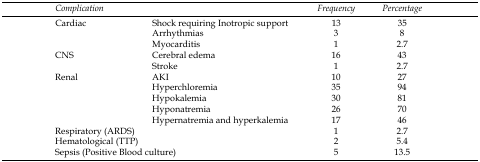
<table><thead><tr><td colspan="2"><b>Complication</b></td><td><b>Frequency</b></td><td><b>Percentage</b></td></tr></thead><tbody><tr><td>Cardiac</td><td>Shock requiring Inotropic support</td><td>13</td><td>35</td></tr><tr><td>[EMPTY_CELL]</td><td>Arrhythmias</td><td>3</td><td>8</td></tr><tr><td>[EMPTY_CELL]</td><td>Myocarditis</td><td>1</td><td>2.7</td></tr><tr><td>CNS</td><td>Cerebral edema</td><td>16</td><td>43</td></tr><tr><td>[EMPTY_CELL]</td><td>Stroke</td><td>1</td><td>2.7</td></tr><tr><td>Renal</td><td>AKI</td><td>10</td><td>27</td></tr><tr><td>[EMPTY_CELL]</td><td>Hyperchloremia</td><td>35</td><td>94</td></tr><tr><td>[EMPTY_CELL]</td><td>Hypokalemia</td><td>30</td><td>81</td></tr><tr><td>[EMPTY_CELL]</td><td>Hyponatremia</td><td>26</td><td>70</td></tr><tr><td>[EMPTY_CELL]</td><td>Hypernatremia and hyperkalemia</td><td>17</td><td>46</td></tr><tr><td colspan="2">Respiratory (ARDS)</td><td>1</td><td>2.7</td></tr><tr><td colspan="2">Hematological (TTP)</td><td>2</td><td>5.4</td></tr><tr><td colspan="2">Sepsis (Positive Blood culture)</td><td>5</td><td>13.5</td></tr></tbody></table>